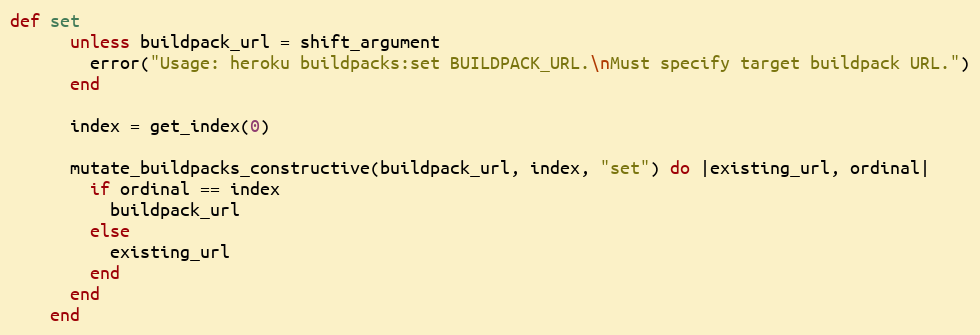
Language: Ruby
def set
      unless buildpack_url = shift_argument
        error("Usage: heroku buildpacks:set BUILDPACK_URL.\nMust specify target buildpack URL.")
      end

      index = get_index(0)

      mutate_buildpacks_constructive(buildpack_url, index, "set") do |existing_url, ordinal|
        if ordinal == index
          buildpack_url
        else
          existing_url
        end
      end
    end